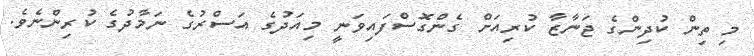
މި ތިން ކުދިންގެ ޖަނާޒާ ކުރިއަށް ގެންގޮސްފައިވަނީ މިއަދުގެ އަސްރުގެ ނަމާދުގެ ކުރިންނެވެ.